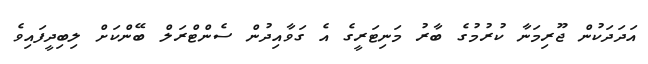
އަދަދަކުން ޖޫރިމަނާ ކުރުމުގެ ބާރު މަނިޓަރީގެ އެ ގަވާއިދުން ސެންޓްރަލް ބޭންކަށް ލިބިދީފައިވެ